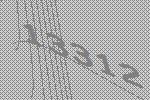
13312